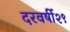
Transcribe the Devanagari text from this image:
दरवर्षी२९